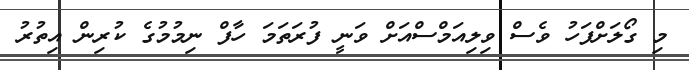
މި ގޯލަށްފަހު ވެސް ވިލިއަމްސްއަށް ވަނީ ފުރަތަމަ ހާފް ނިމުމުގެ ކުރިން އިތުރު